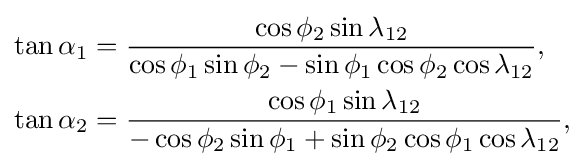
{\begin{aligned}\tan \alpha _{1}&={\frac {\cos \phi _{2}\sin \lambda _{12}}{\cos \phi _{1}\sin \phi _{2}-\sin \phi _{1}\cos \phi _{2}\cos \lambda _{12}}},\\\tan \alpha _{2}&={\frac {\cos \phi _{1}\sin \lambda _{12}}{-\cos \phi _{2}\sin \phi _{1}+\sin \phi _{2}\cos \phi _{1}\cos \lambda _{12}}},\\\end{aligned}}